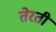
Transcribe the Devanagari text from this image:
तेरती